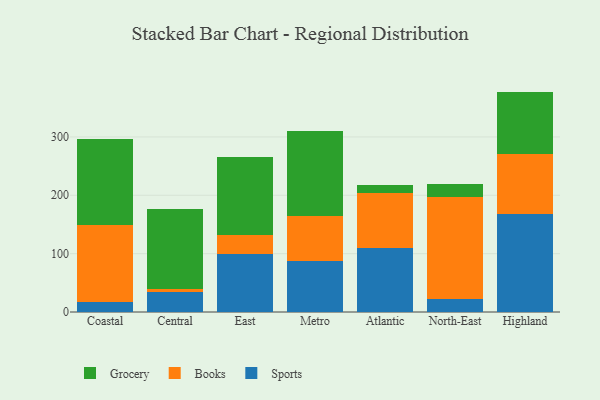
{"axis": {"x": "Region", "y": "Net Income (USD K)"}, "legend": ["Books", "Grocery", "Sports"], "data": [{"x": "Coastal", "y": 16.5, "type": "Sports"}, {"x": "Coastal", "y": 132.8, "type": "Books"}, {"x": "Coastal", "y": 147.8, "type": "Grocery"}, {"x": "Central", "y": 35.0, "type": "Sports"}, {"x": "Central", "y": 5.2, "type": "Books"}, {"x": "Central", "y": 136.0, "type": "Grocery"}, {"x": "East", "y": 99.1, "type": "Sports"}, {"x": "East", "y": 33.0, "type": "Books"}, {"x": "East", "y": 133.9, "type": "Grocery"}, {"x": "Metro", "y": 87.0, "type": "Sports"}, {"x": "Metro", "y": 77.3, "type": "Books"}, {"x": "Metro", "y": 145.4, "type": "Grocery"}, {"x": "Atlantic", "y": 109.6, "type": "Sports"}, {"x": "Atlantic", "y": 93.8, "type": "Books"}, {"x": "Atlantic", "y": 14.8, "type": "Grocery"}, {"x": "North-East", "y": 22.7, "type": "Sports"}, {"x": "North-East", "y": 174.8, "type": "Books"}, {"x": "North-East", "y": 21.1, "type": "Grocery"}, {"x": "Highland", "y": 167.5, "type": "Sports"}, {"x": "Highland", "y": 102.5, "type": "Books"}, {"x": "Highland", "y": 107.7, "type": "Grocery"}]}